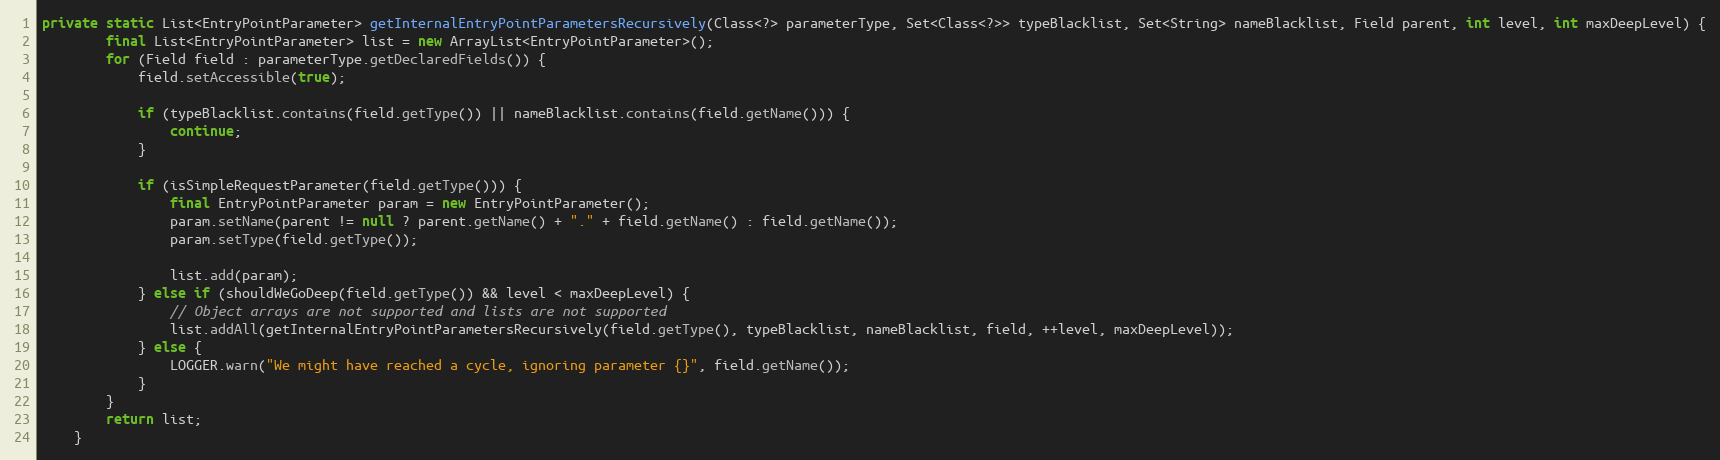
Language: Java
private static List<EntryPointParameter> getInternalEntryPointParametersRecursively(Class<?> parameterType, Set<Class<?>> typeBlacklist, Set<String> nameBlacklist, Field parent, int level, int maxDeepLevel) {
		final List<EntryPointParameter> list = new ArrayList<EntryPointParameter>();
		for (Field field : parameterType.getDeclaredFields()) {
			field.setAccessible(true);

			if (typeBlacklist.contains(field.getType()) || nameBlacklist.contains(field.getName())) {
				continue;
			}

			if (isSimpleRequestParameter(field.getType())) {
				final EntryPointParameter param = new EntryPointParameter();
				param.setName(parent != null ? parent.getName() + "." + field.getName() : field.getName());
				param.setType(field.getType());

				list.add(param);
			} else if (shouldWeGoDeep(field.getType()) && level < maxDeepLevel) {
				// Object arrays are not supported and lists are not supported
				list.addAll(getInternalEntryPointParametersRecursively(field.getType(), typeBlacklist, nameBlacklist, field, ++level, maxDeepLevel));
			} else {
				LOGGER.warn("We might have reached a cycle, ignoring parameter {}", field.getName());
			}
		}
		return list;
	}